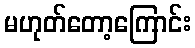
မဟုတ်တော့ကြောင်း